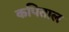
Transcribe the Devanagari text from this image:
कपिताल